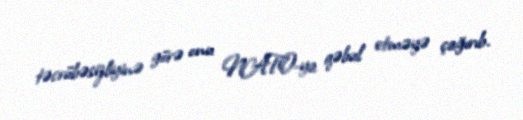
təcrübəsizliyinə görə onu NATO-ya qəbul etməyə çağırıb.